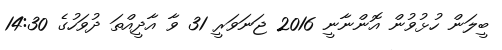
ބީލަން ހުޅުވުން އޮންނާނީ 2016 ޖަނަވަރީ 31 ވާ އާދީއްތަ ދުވަހުގެ 14:30